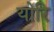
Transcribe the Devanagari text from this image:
योरि